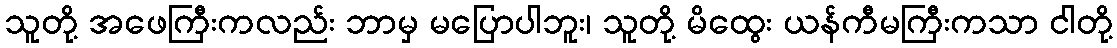
သူတို့ အဖေကြီးကလည်း ဘာမှ မပြောပါဘူး၊ သူတို့ မိထွေး ယန်ကီမကြီးကသာ ငါတို့